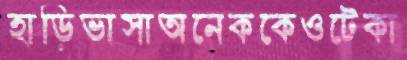
হাড়িভাসাঅনেককেওটেকা